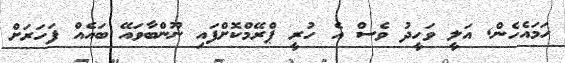
ހަމައެހެން